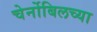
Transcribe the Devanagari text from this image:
चेर्नोबिलच्या